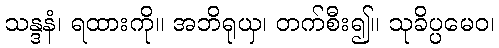
သန္ဒနံ၊ ရထားကို။ အဘိရုယှ၊ တက်စီး၍။ သုခိပ္ပမေဝ၊